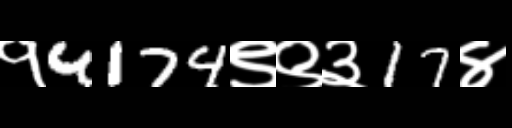
Text: १4174९९३17४